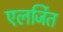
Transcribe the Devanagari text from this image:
एलर्जित